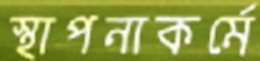
স্থাপনাকর্মে